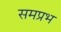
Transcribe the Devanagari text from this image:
समप्रभ